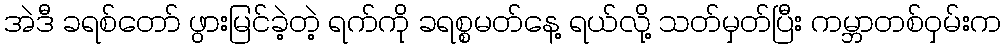
အဲဒီ ခရစ်တော် ဖွားမြင်ခဲ့တဲ့ ရက်ကို ခရစ္စမတ်နေ့ ရယ်လို့ သတ်မှတ်ပြီး ကမ္ဘာတစ်ဝှမ်းက